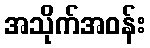
အသိုက်အဝန်း